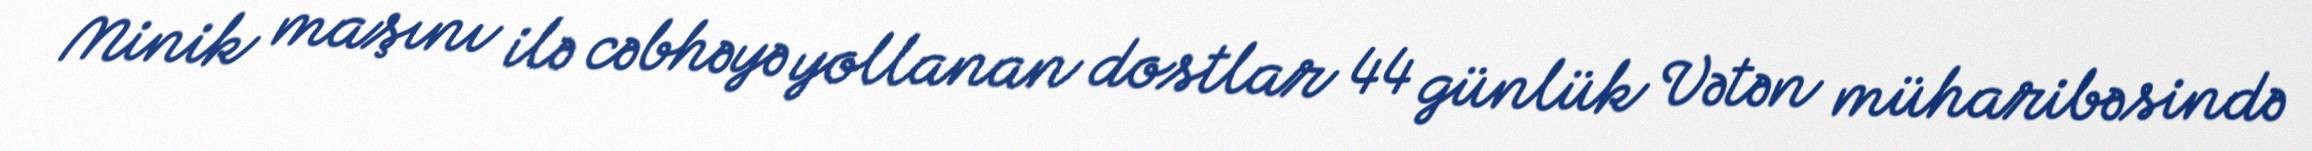
Minik maşını ilə cəbhəyə yollanan dostlar 44 günlük Vətən müharibəsində